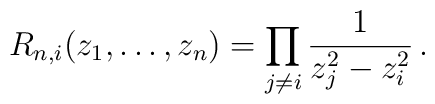
R_{n,i}(z_1,\dots,z_n)= \prod_{j\not=i}\frac{1}{z_j^2-z_i^2}\,.